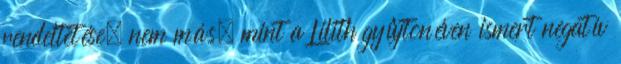
rendeltetése, nem más, mint a Lilith gyûjtõnéven ismert negatív